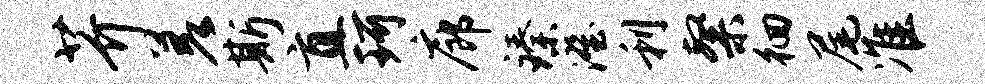
芥差斯直珂廊臻澄利粲徊尾准